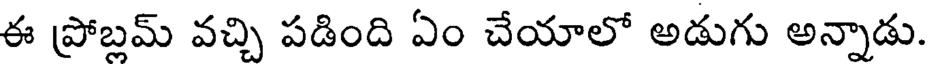
ఈ ప్రోబ్లమ్ వచ్చి పడింది ఏం చేయాలో అడుగు అన్నాడు.